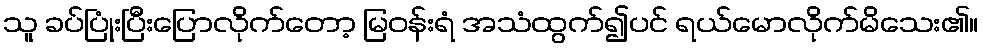
သူ ခပ်ပြုံးပြီးပြောလိုက်တော့ မြဝန်းရံ အသံထွက်၍ပင် ရယ်မောလိုက်မိသေး၏။